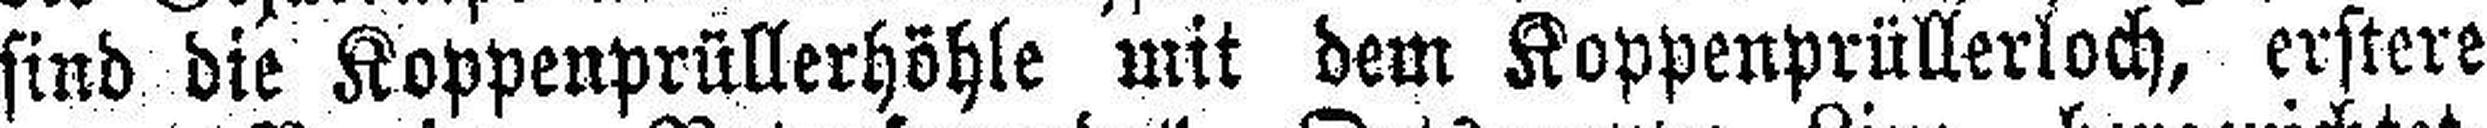
sind die Koppenprüllerhöhle mit dem Koppenprüllerloch, erstere